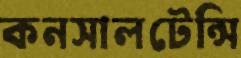
কনসালটেন্সি